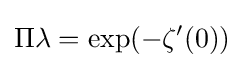
\Pi \lambda =\exp(-\zeta '(0))